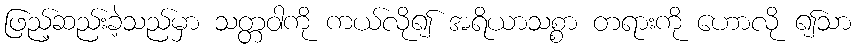
ဖြည့်ဆည်းခဲ့သည်မှာ သတ္တဝါကို ကယ်လို၍ အရိယာသစ္စာ တရားကို ဟောလို ၍သာ